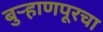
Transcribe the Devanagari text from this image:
बुर्‍हाणपूरचा